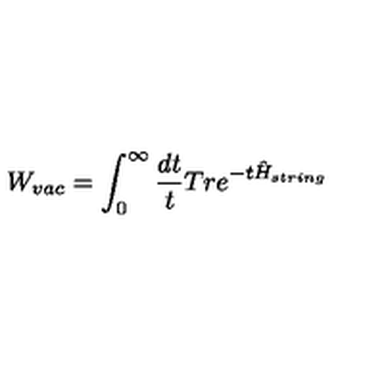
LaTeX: W _ { v a c } = \int _ { 0 } ^ { \infty } \frac { d t } { t } T r e ^ { - t \hat { H } _ { s t r i n g } }